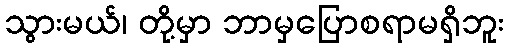
သွားမယ်၊ တို့မှာ ဘာမှပြောစရာမရှိဘူး